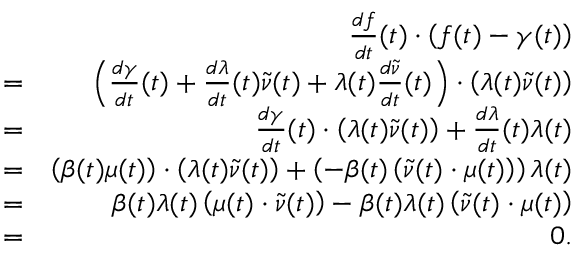
\begin{array} { r l r } { } & { } & { \frac { d f } { d t } ( t ) \cdot \left( f ( t ) - \gamma ( t ) \right) } \\ { } & { = } & { \left( \frac { d \gamma } { d t } ( t ) + \frac { d \lambda } { d t } ( t ) \widetilde { \nu } ( t ) + \lambda ( t ) \frac { d \widetilde { \nu } } { d t } ( t ) \right) \cdot \left( \lambda ( t ) \widetilde { \nu } ( t ) \right) } \\ { } & { = } & { \frac { d \gamma } { d t } ( t ) \cdot \left( \lambda ( t ) \widetilde { \nu } ( t ) \right) + \frac { d \lambda } { d t } ( t ) \lambda ( t ) } \\ { } & { = } & { \left( \beta ( t ) \mu ( t ) \right) \cdot \left( \lambda ( t ) \widetilde { \nu } ( t ) \right) + \left( - \beta ( t ) \left( \widetilde { \nu } ( t ) \cdot \mu ( t ) \right) \right) \lambda ( t ) } \\ { } & { = } & { \beta ( t ) \lambda ( t ) \left( \mu ( t ) \cdot \widetilde { \nu } ( t ) \right) - \beta ( t ) \lambda ( t ) \left( \widetilde { \nu } ( t ) \cdot \mu ( t ) \right) } \\ { } & { = } & { 0 . } \end{array}